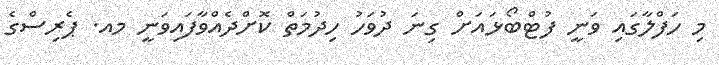
މި ހަފްލާގައި ވަނީ ފުޓްބޯޅައަށް ގިނަ ދުވަހު ހިދުމަތް ކޮށްދެއްވާފައިވަނީ މއ. ޕެރިސްގެ